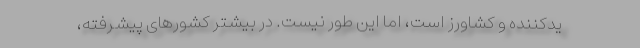
یدکننده و کشاورز است، اما این طور نیست. در بیشتر کشور‌های پیشرفته،